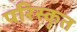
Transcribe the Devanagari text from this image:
परिस्‍कृत